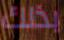
بذلك